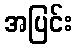
အပြင်း